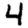
Digit: 4